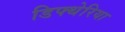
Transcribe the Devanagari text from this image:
डिफ्थेरिया